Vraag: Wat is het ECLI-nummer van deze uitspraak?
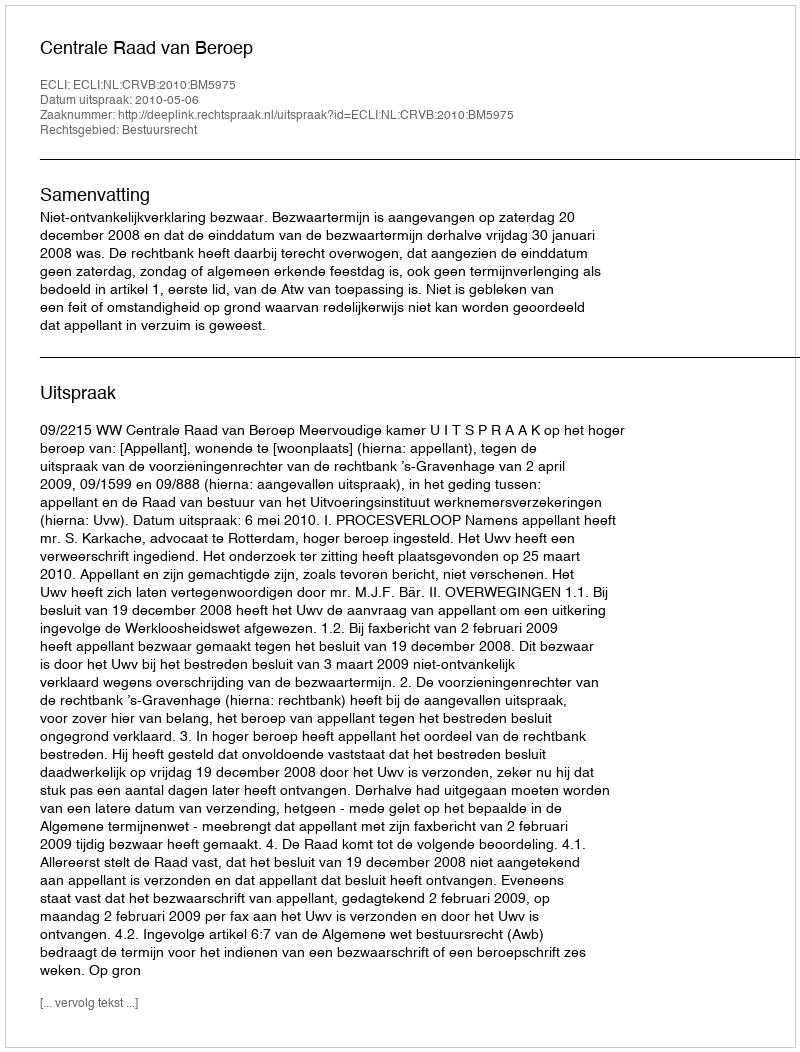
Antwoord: ECLI:NL:CRVB:2010:BM5975